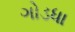
ગોડધા